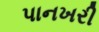
પાનખરી